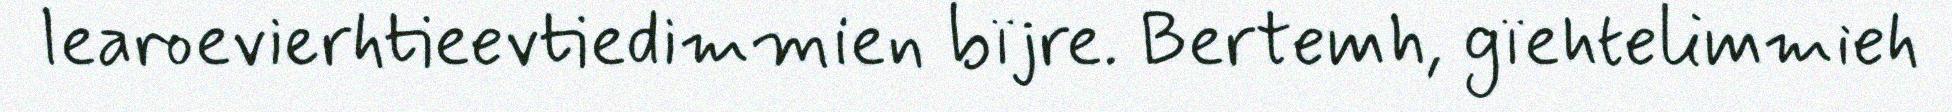
learoevierhtieevtiedimmien bïjre. Bertemh, gïehtelimmieh